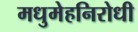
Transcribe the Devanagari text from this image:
मधुमेहनिरोधी